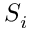
S _ { i }